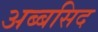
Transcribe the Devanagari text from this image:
अब्बसिद